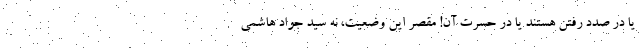
یا در صدد رفتن هستند یا در حسرت آن! مقصر این وضعیت، نه سید جواد هاشمی